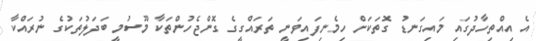
އެ އިއްތިހާދުގައި މައިގަނޑު ގޮތަކަށް ހިމެނިފައިވަނީ ތަރައްގީގެ ގޮންޖެހުންތަކާ މޫސުމީ ބަދަލުތަކުގެ ނުރައްކާ